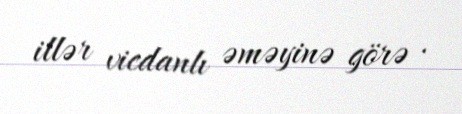
illər vicdanlı əməyinə görə .